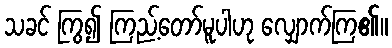
သခင် ကြွ၍ ကြည့်တော်မူပါဟု လျှောက်ကြ၏။